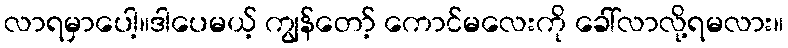
လာရမှာပေါ့။ဒါပေမယ့် ကျွန်တော့် ကောင်မလေးကို ခေါ်လာလို့ရမလား။